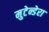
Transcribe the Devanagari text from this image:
मुटेन्डेरा